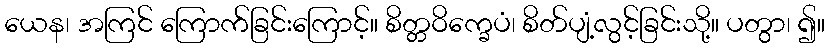
ယေန၊ အကြင် ကြောက်ခြင်းကြောင့်။ စိတ္တဝိက္ခေပံ၊ စိတ်ပျံ့လွင့်ခြင်းသို့။ ပတွာ၊ ၍။